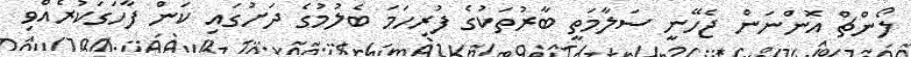
ލޯންޗް އޮންނަން ޖެހޭނީ ސަލާމަތީ ބާރުތަކުގެ ފުރިހަމަ ބެލުމުގެ ދަށުގައި ކަން ފާހަގަކުރެއްވި